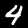
Label: 4